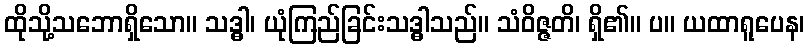
ထိုသို့သဘောရှိသော။ သဒ္ဓါ၊ ယုံကြည်ခြင်းသဒ္ဓါသည်။ သံဝိဇ္ဇတိ၊ ရှိ၏။ ပ။ ယထာရူပေန၊